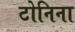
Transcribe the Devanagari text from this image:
टोनिना